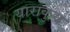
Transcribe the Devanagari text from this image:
याराकुय